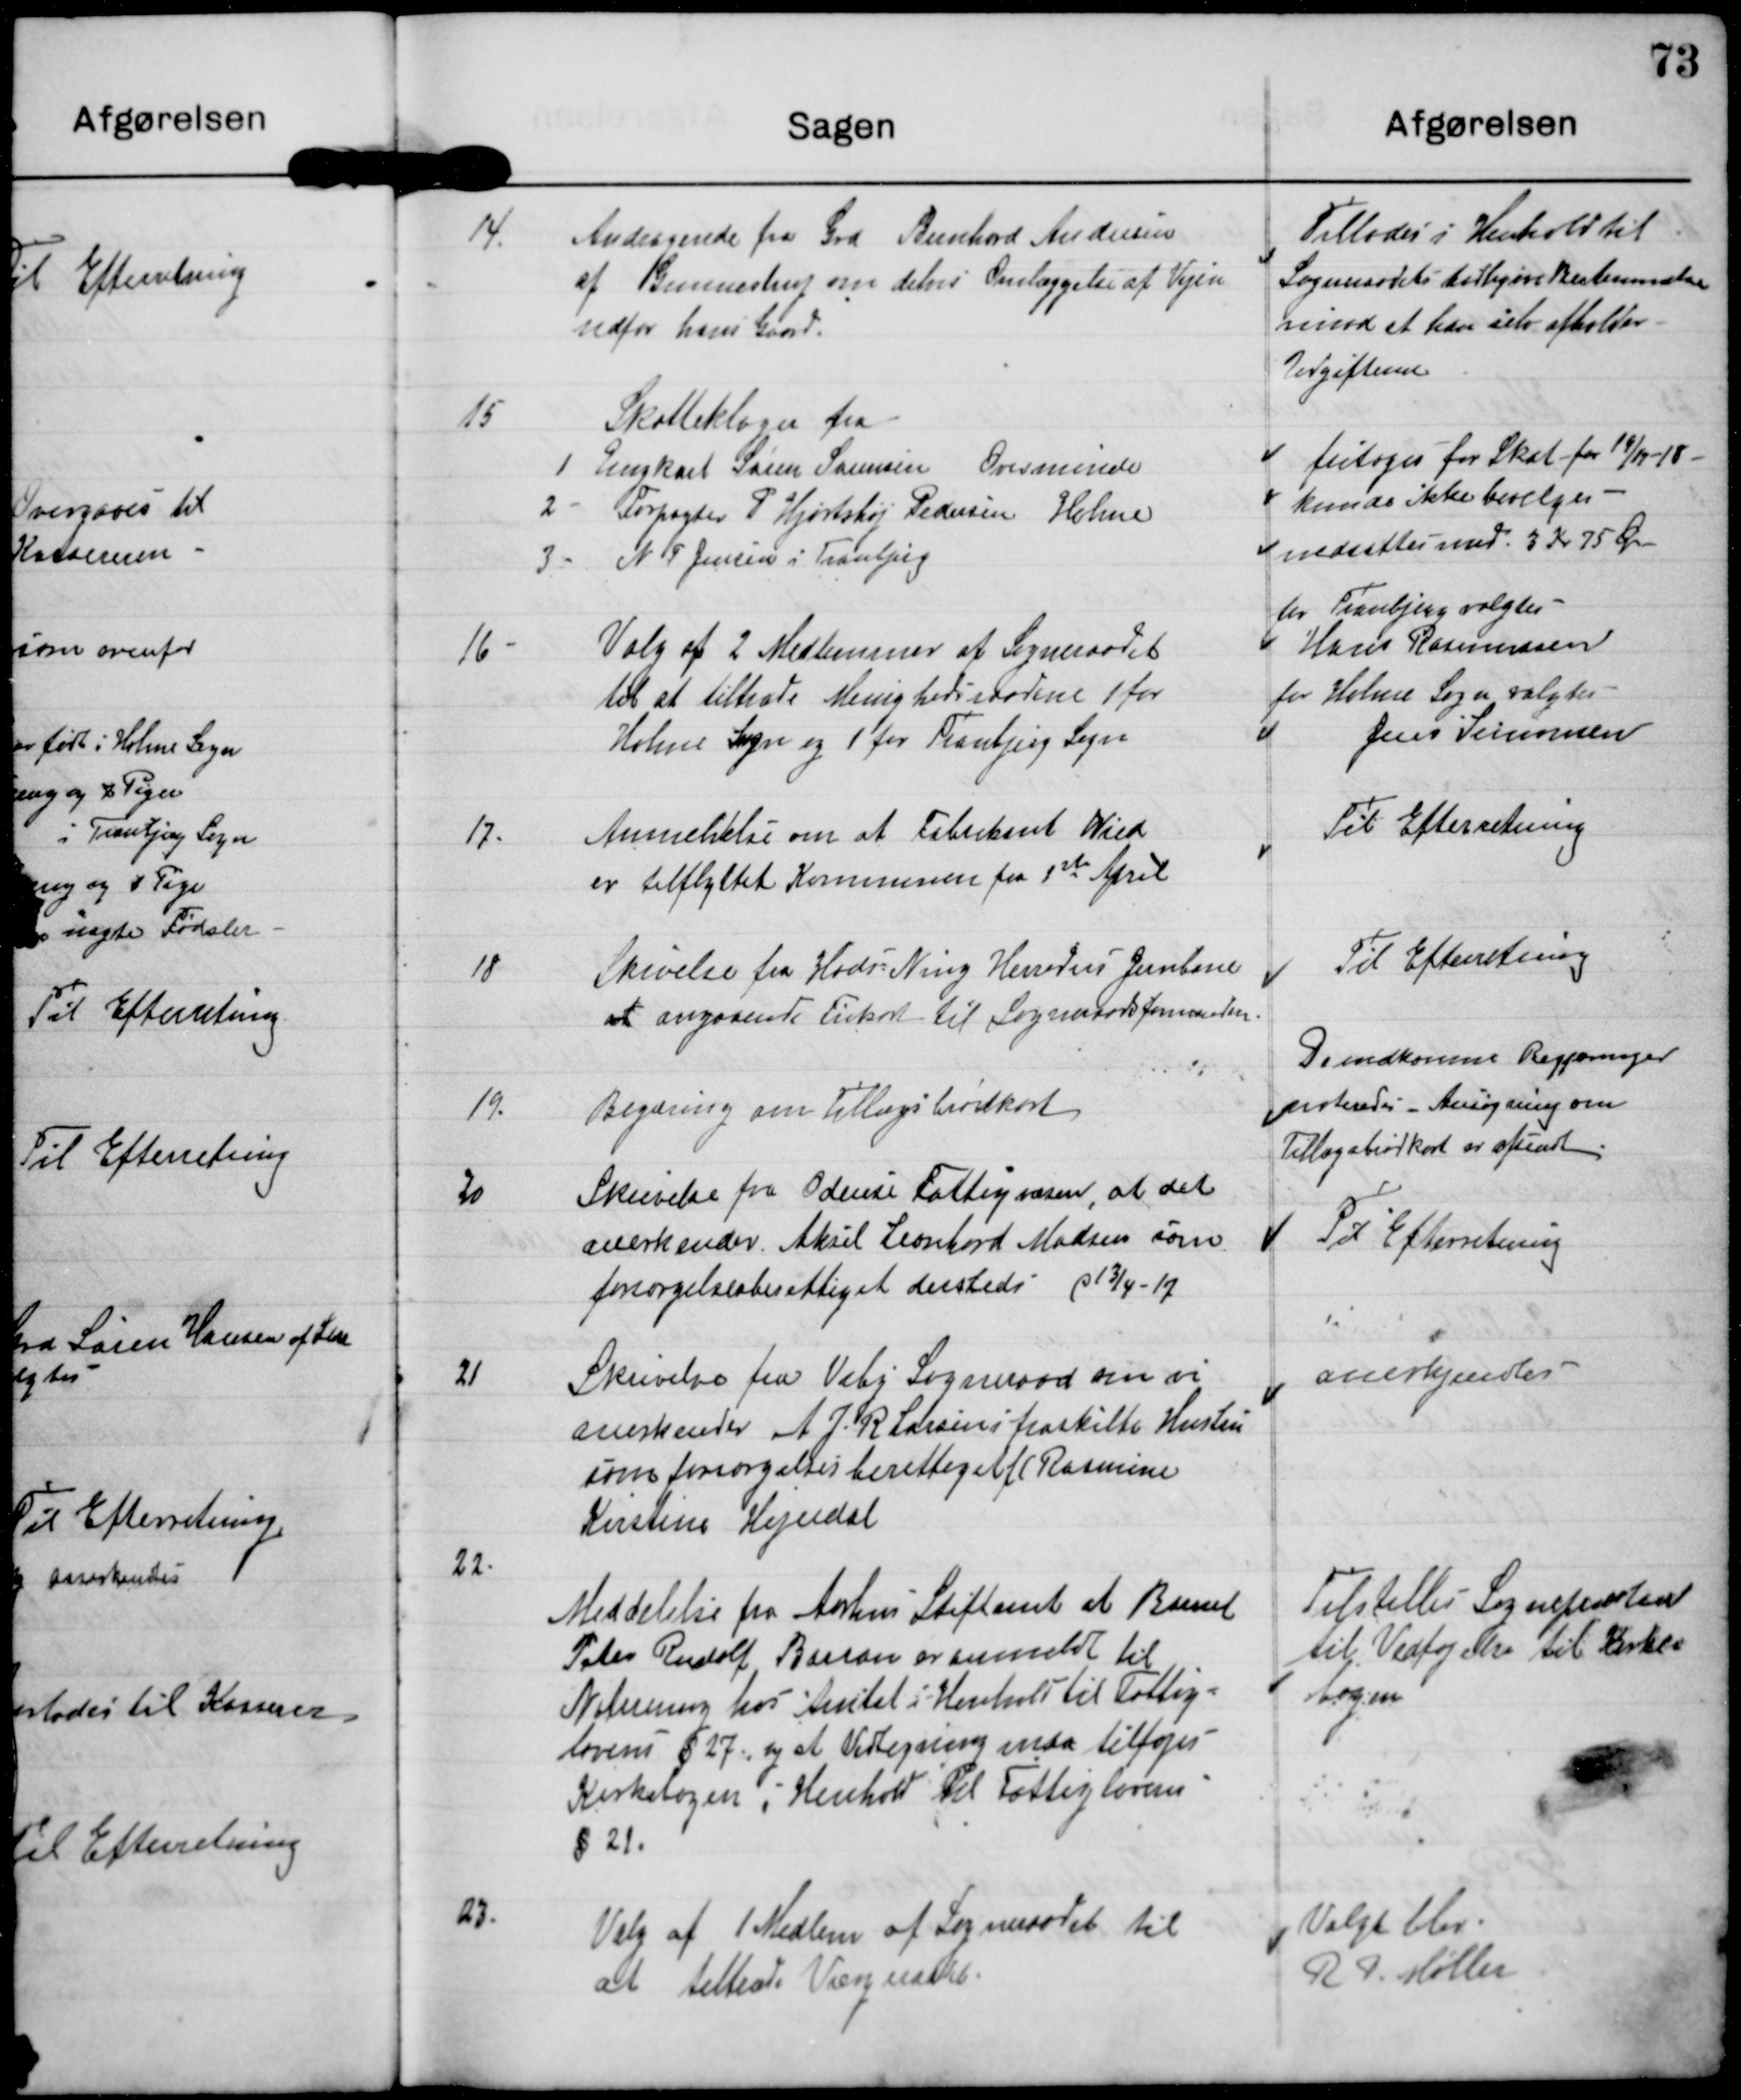
Transskription:
14. Andragende fra Grd Bernhard Andersen
af Gunnestrup om delvis Omlæggelse af Vejen
udfor hans Gaard.

Tillades i Henhold til
Sogneraadets tidligere Bestemmelse
imod at han selv afholder
Udgifterne

15
Skatteklager fra
1 Ungkarl Søren Sørensen Ovesminde
2 Forpagter P Hjortshøj Pedersen Holme
3 N P Jensen i Tranbjerg

fritages for Skat for 19/11-18
kunde ikke bevilges
nedsættes med 3 Kr 75 Øre

16 Valg af 2 Medlemmer af Sogneraadet
til at tiltræde Menighedsraadene 1 for
Holme Sogn og 1 for Tranbjerg Sogn

for Tranbjerg valgtes
Hans Rasmussen
for Holme sogn valgtes
Jens Simonsen

17. Anmeldelse om at Fabrikant Wied
er tilflyttet Kommunen fra 1st April

Til Efterretning

18 Skivelse fra Hads Ning Herreds Jernbane
at angaaende Frikort til Sogneraadsformanden

Til Efterretning

19. Begæring om Tillægsbrødkort.

De indkomne Regninger
noteredes Ansøgning om
Tillægsbrødkort er afsendt.

20 Skrivelse fra Odense Fattigvæsen, at det
anerkendes Aksel Laonhard Madsen som
forsørgelsesberettiget dersteds p 13/4-17

Til Efterretning

21 Skrivelse fra Viby Sogneraad om vi
anerkender A J R Larsens fraskilte Hustru
som forsørgelsesberettiget f C Rasmine
Kirstine Hejerdal

anerkjendes

22.
Meddelelse fra Aarhus Stiftamt at Barnet
Peter Rudolf Borran er anmeldt til
Notering hos Amtet i Henhold til Fattig-
lovens §27 og at Udregning maa tilføjes
Kirkebogen i Henhold til Fattiglovens
§21.

Tilstilles Sognepræsten
til Vedtagelse til Kirke-
bogen

27.
Valg af 1 Medlem af Sogneraadet til
at tiltræde V?

Valgt blev
R P.Møller